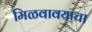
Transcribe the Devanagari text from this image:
मिळवावयाचा